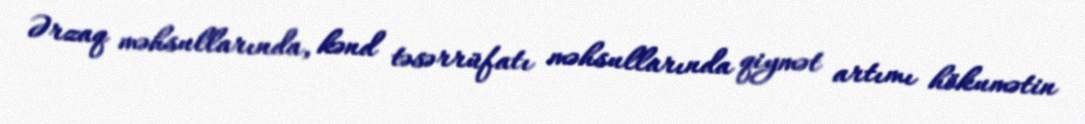
Ərzaq məhsullarında, kənd təsərrüfatı məhsullarında qiymət artımı hökumətin